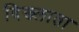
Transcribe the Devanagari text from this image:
दिख्लाता